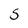
Character: 5